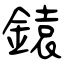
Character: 鎱